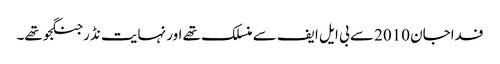
فداجان 2010 سے بی ایل ایف سے منسلک تھے اور نہایت نڈر جنگجو تھے۔